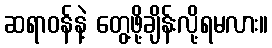
ဆရာဝန်နဲ့ တွေ့ဖို့ချိန်းလို့ရမလား။